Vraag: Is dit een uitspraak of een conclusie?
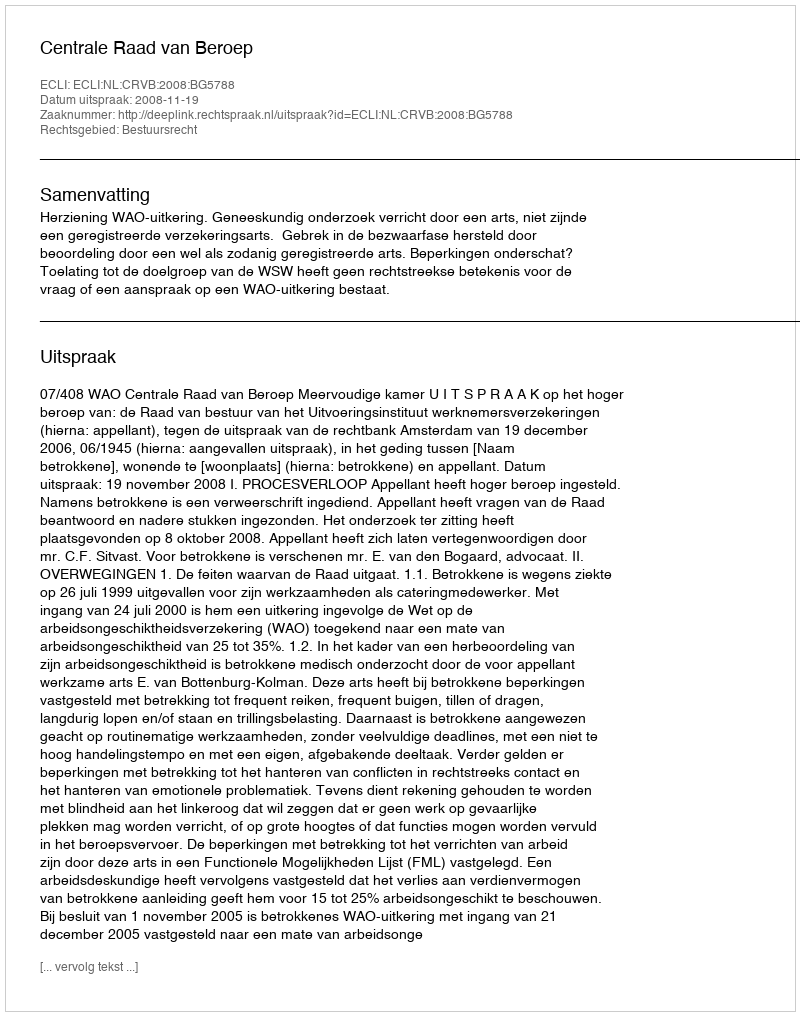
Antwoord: Uitspraak